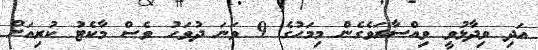
އަދި ވިދާޅުވީ ވިއްސާރަވެގެން މިމަހުގެ 9 ވަނަ ދުވަހު ވެސް މާކެޓު ކުރިއަށް